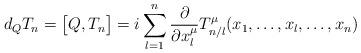
LaTeX: \begin{align*}d_QT_n=\bigl[Q,T_n\bigr]=i\sum_{l=1}^{n}\frac{\partial}{\partial x^{\mu}_l}T_{n/l}^{\mu}(x_1,\ldots,x_l,\ldots,x_n) \end{align*}